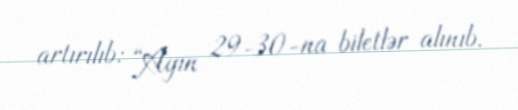
artırılıb: “Ayın 29-30-na biletlər alınıb.